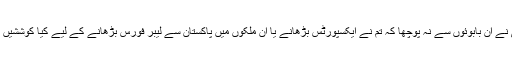
کسی نے ان بابوئوں سے نہ پوچھا کہ تم نے ایکسپورٹس بڑھانے یا ان ملکوں میں پاکستان سے لیبر فورس بڑھانے کے لیے کیا کوششیں کیں؟